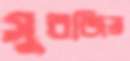
সুরজিত